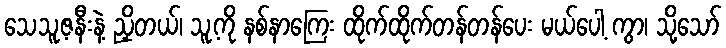
သေသူ့ဇနီးနဲ့ ညှိတယ်၊ သူ့ကို နစ်နာကြေး ထိုက်ထိုက်တန်တန်ပေး မယ်ပေါ့ ကွာ၊ သို့သော်